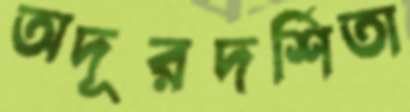
অদূরদর্শিতা